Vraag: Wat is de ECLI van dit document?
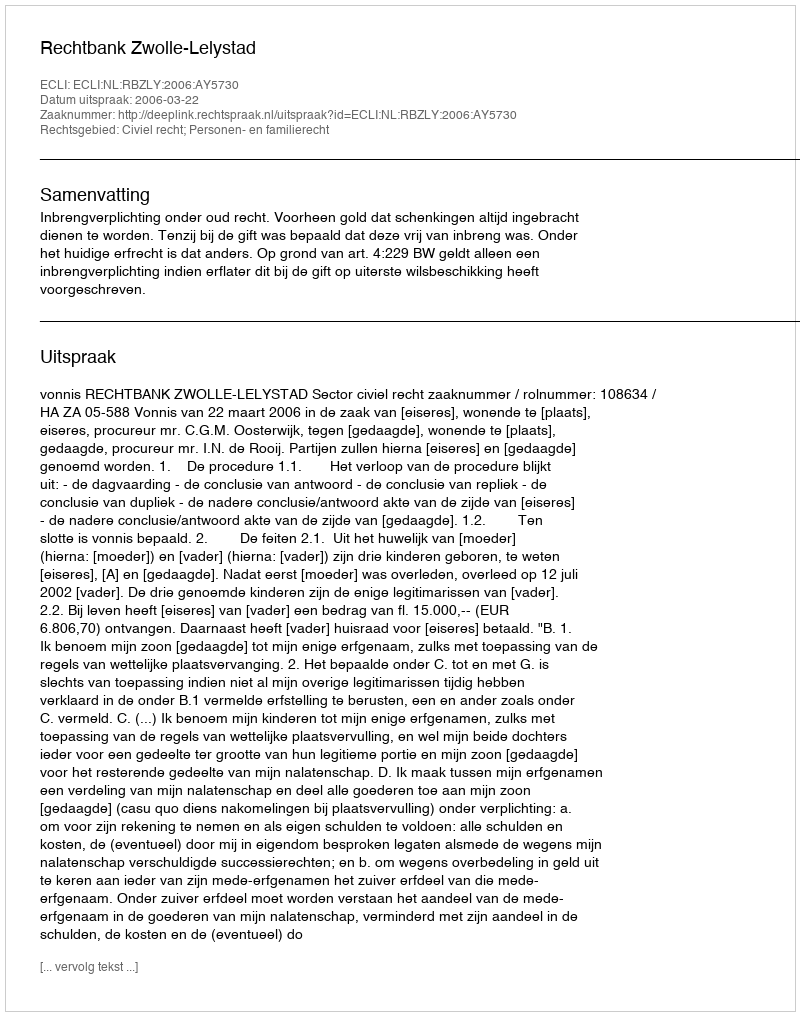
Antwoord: ECLI:NL:RBZLY:2006:AY5730